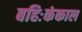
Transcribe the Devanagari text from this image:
बहिःकंकाल